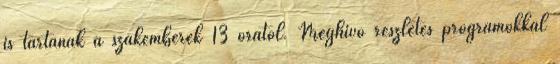
is tartanak a szakemberek 13 órától. Meghívó részletes programokkal